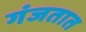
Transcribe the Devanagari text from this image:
गंजतात